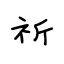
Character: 祈